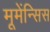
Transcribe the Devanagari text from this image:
मूमेंन्सिस